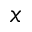
x